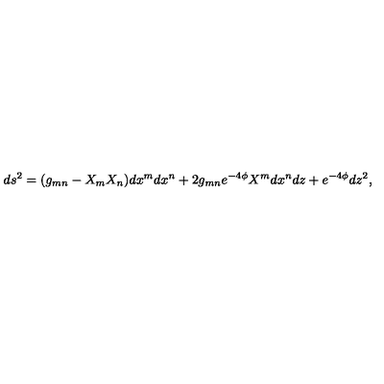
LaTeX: d s ^ { 2 } = ( g _ { m n } - X _ { m } X _ { n } ) d x ^ { m } d x ^ { n } + 2 g _ { m n } e ^ { - 4 \phi } X ^ { m } d x ^ { n } d z + e ^ { - 4 \phi } d z ^ { 2 } ,